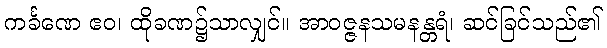
ကင်္ခဏေ ဧဝ၊ ထိုခဏ၌သာလျှင်။ အာဝဇ္ဇနသမနန္တရံ၊ ဆင်ခြင်သည်၏